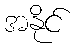
အနိုင်